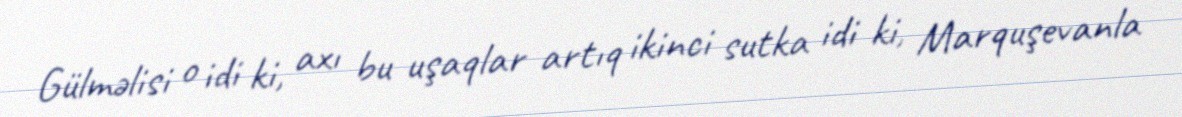
Gülməlisi o idi ki, axı bu uşaqlar artıq ikinci sutka idi ki, Marquşevanla